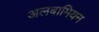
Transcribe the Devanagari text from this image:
अलबामियन